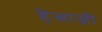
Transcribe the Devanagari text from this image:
हेजाज़ी